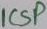
Text: ICSP